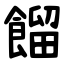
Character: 餾